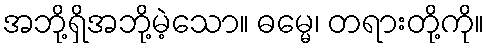
အဘို့ရှိအဘို့မဲ့သော။ ဓမ္မေ၊ တရားတို့ကို။